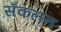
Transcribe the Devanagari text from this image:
सँकलन